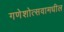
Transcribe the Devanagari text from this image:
गणेशोत्सवामधील